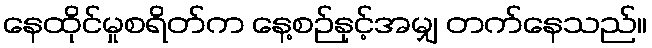
နေထိုင်မှုစရိတ်က နေ့စဉ်နှင့်အမျှ တက်နေသည်။